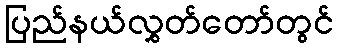
ပြည်နယ်လွှတ်တော်တွင်